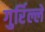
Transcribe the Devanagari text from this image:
गुर्रिल्ले